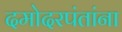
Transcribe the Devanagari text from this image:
दमोदरपंतांना